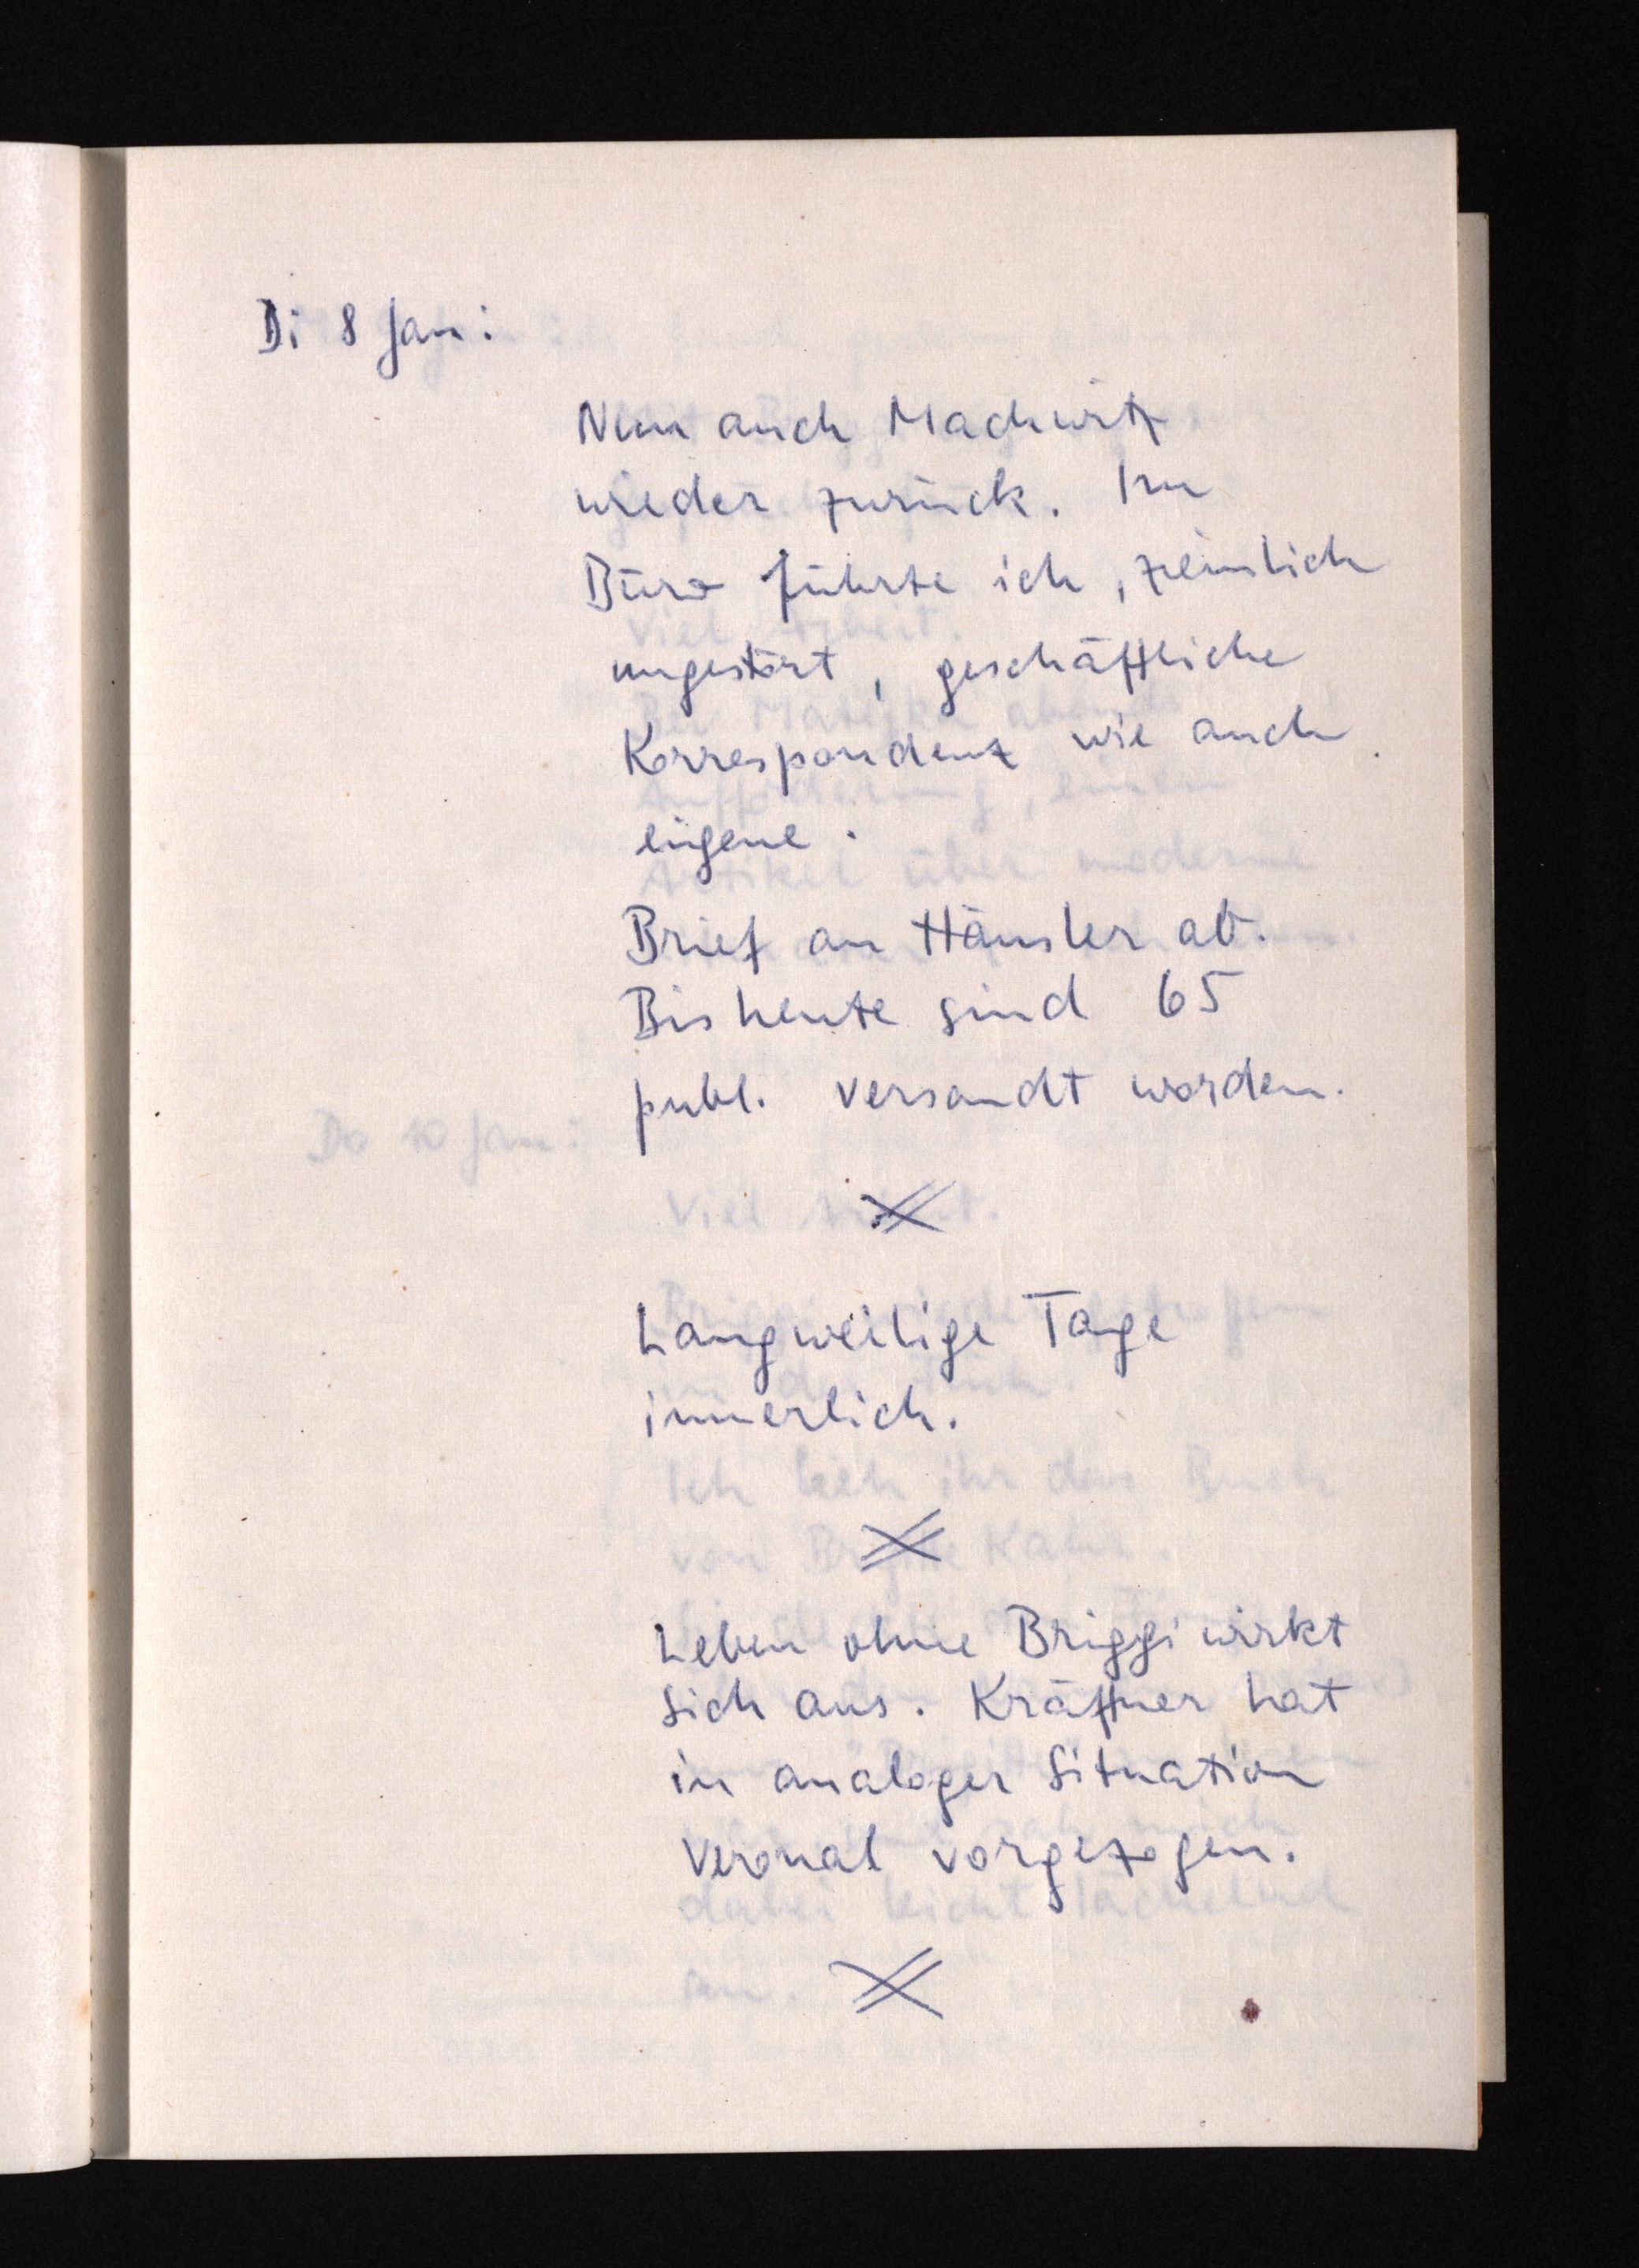
Di 8 Jan:
Nun auch Machwitz
wieder zurück. Im
Büro führte ich, ziemlich
ungestört, geschäftliche
Korrespondenz wie auch
eigene.
Brief an Häusler ab.
Bis heute sind 65
publ. versandt worden.
Langweilige Tage
innerlich.
Leben ohne Briggi wirkt
sich aus. Kräftner hat
in analoger Situation
Veronal vorgezogen.